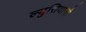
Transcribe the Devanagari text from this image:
ल्युसियानो